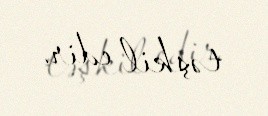
təşkil edir.